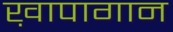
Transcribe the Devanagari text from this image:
ख़ापागान